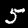
Label: 5